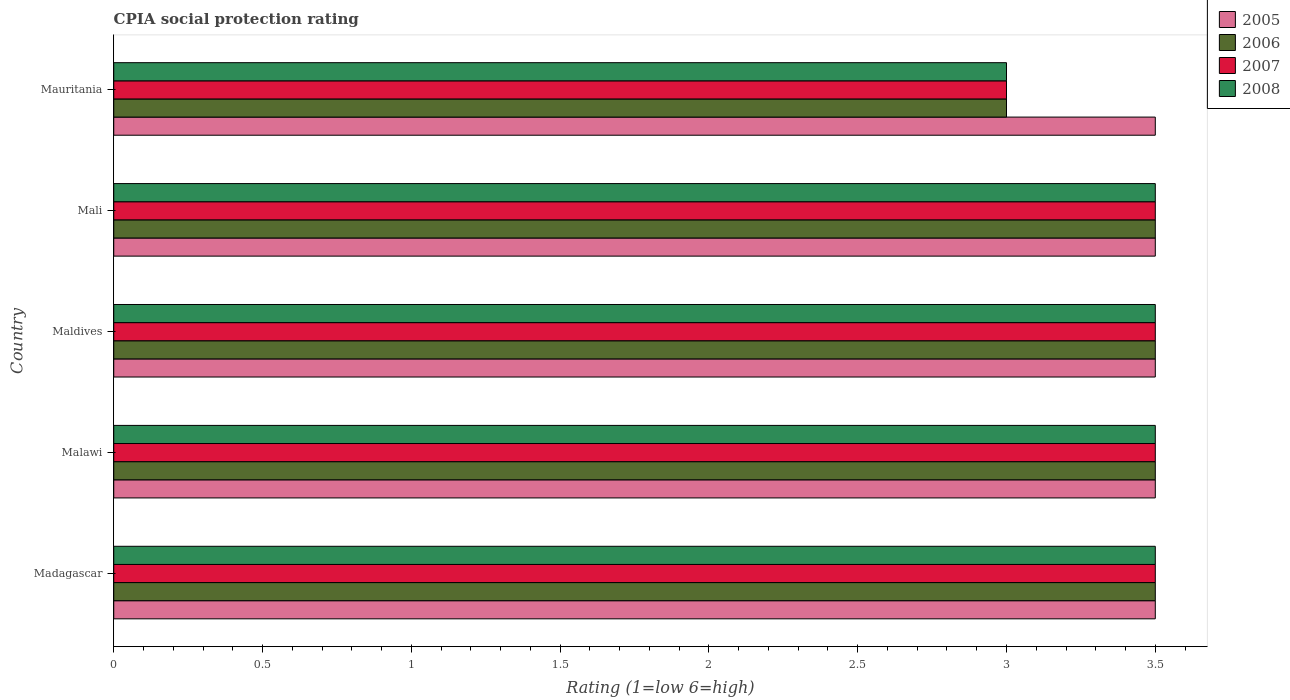
| Country | 2005 | 2006 | 2007 | 2008 |
 | --- | --- | --- | --- | --- |
 | Madagascar | 3.5 | 3.5 | 3.5 | 3.5 |
 | Malawi | 3.5 | 3.5 | 3.5 | 3.5 |
 | Maldives | 3.5 | 3.5 | 3.5 | 3.5 |
 | Mali | 3.5 | 3.5 | 3.5 | 3.5 |
 | Mauritania | 3.5 | 3 | 3 | 3 |